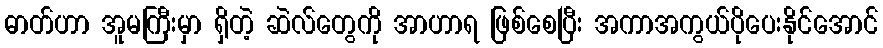
ဓာတ်ဟာ အူမကြီးမှာ ရှိတဲ့ ဆဲလ်တွေကို အာဟာရ ဖြစ်စေပြီး အကာအကွယ်ပိုပေးနိုင်အောင်